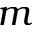
m